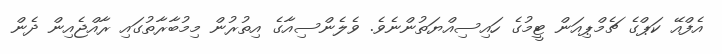
އެފްއޭ ކަޕްގެ ޗެމްޕިއަން ޓީމުގެ ހައިސިއްޔަތުންނެވެ. ވެލެންސިއާގެ އިތުރުން މިމުބާރާތުގައި ރާއްޖެއިން ދެން